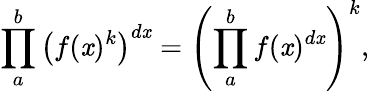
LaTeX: \prod_{a}^{b}\left(f(\mathit{x})^{k}\right)^{d\mathit{x}}=\left(\prod_{a}^{b}f(\mathit{x})^{d\mathit{x}}\right)^{k},